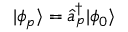
| \phi _ { p } \rangle = \hat { a } _ { p } ^ { \dagger } | \phi _ { 0 } \rangle